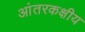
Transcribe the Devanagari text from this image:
आंतरकक्षीय